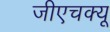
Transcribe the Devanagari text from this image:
जीएचक्यू